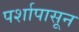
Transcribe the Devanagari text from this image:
पर्शापासून